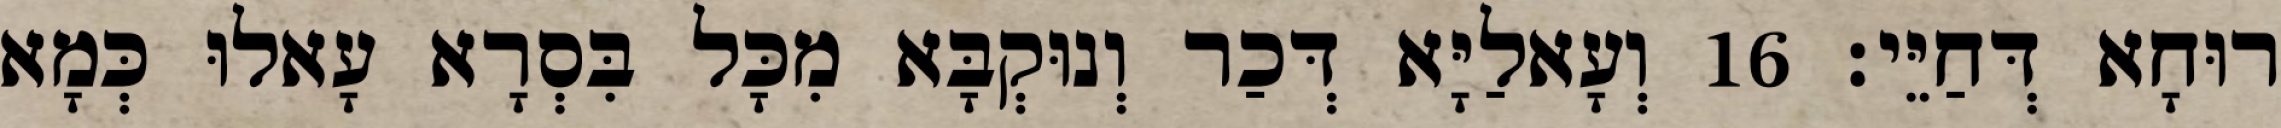
רוּחָא דְּחַיֵּי׃ 16 וְעָאלַיָּא דְּכַר וְנוּקְבָּא מִכָּל בִּסְרָא עָאלוּ כְּמָא